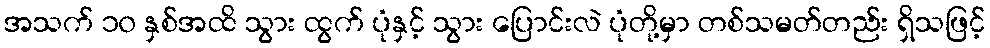
အသက် ၁၀ နှစ်အထိ သွား ထွက် ပုံနှင့် သွား ပြောင်းလဲ ပုံတို့မှာ တစ်သမတ်တည်း ရှိသဖြင့်